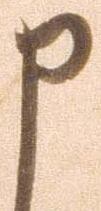
申